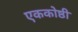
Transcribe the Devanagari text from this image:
एककोष्ठी